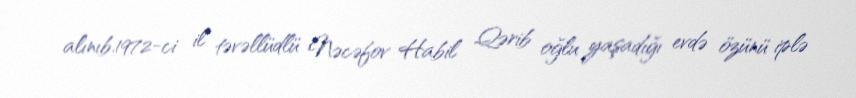
alınıb.1972-ci il təvəllüdlü Nəcəfov Habil Qərib oğlu yaşadığı evdə özünü iplə